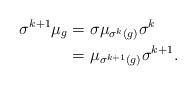
LaTeX: \begin{align*}\sigma^{k+1} \mu_g &= \sigma \mu_{\sigma^k(g)} \sigma^{k}\\ &= \mu_{\sigma^{k+1}(g)} \sigma^{k+1}.\end{align*}